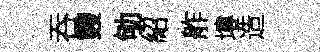
吞䨇劬紹舴塿造